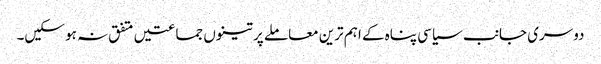
دوسری جانب سیاسی پناہ کے اہم ترین معاملے پر تینوں جماعتیں متفق نہ ہو سکیں۔